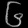
Digit: ၆